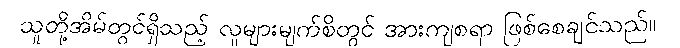
သူတို့အိမ်တွင်ရှိသည့် လူများမျက်စိတွင် အားကျစရာ ဖြစ်စေချင်သည်။